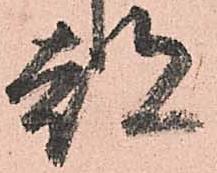
都